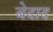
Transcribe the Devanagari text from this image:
बेदाद